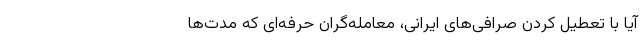
آیا با تعطیل کردن صرافی‌های ایرانی، معامله‌گران حرفه‌ای که مدت‌ها